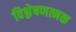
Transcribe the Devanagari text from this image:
विश्लेषणत्मक